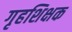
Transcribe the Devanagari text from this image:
गृहशिक्षक